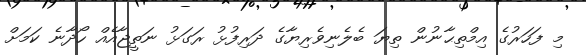
މި ފަހަރުގެ އިމްތިޙާނުން ތިޔަ ބެލެނިވެރިޔާގެ ދަރިފުޅު ރަގަޅު ނަތީޖާއެއް ހޯދާނެ ކަމަށް